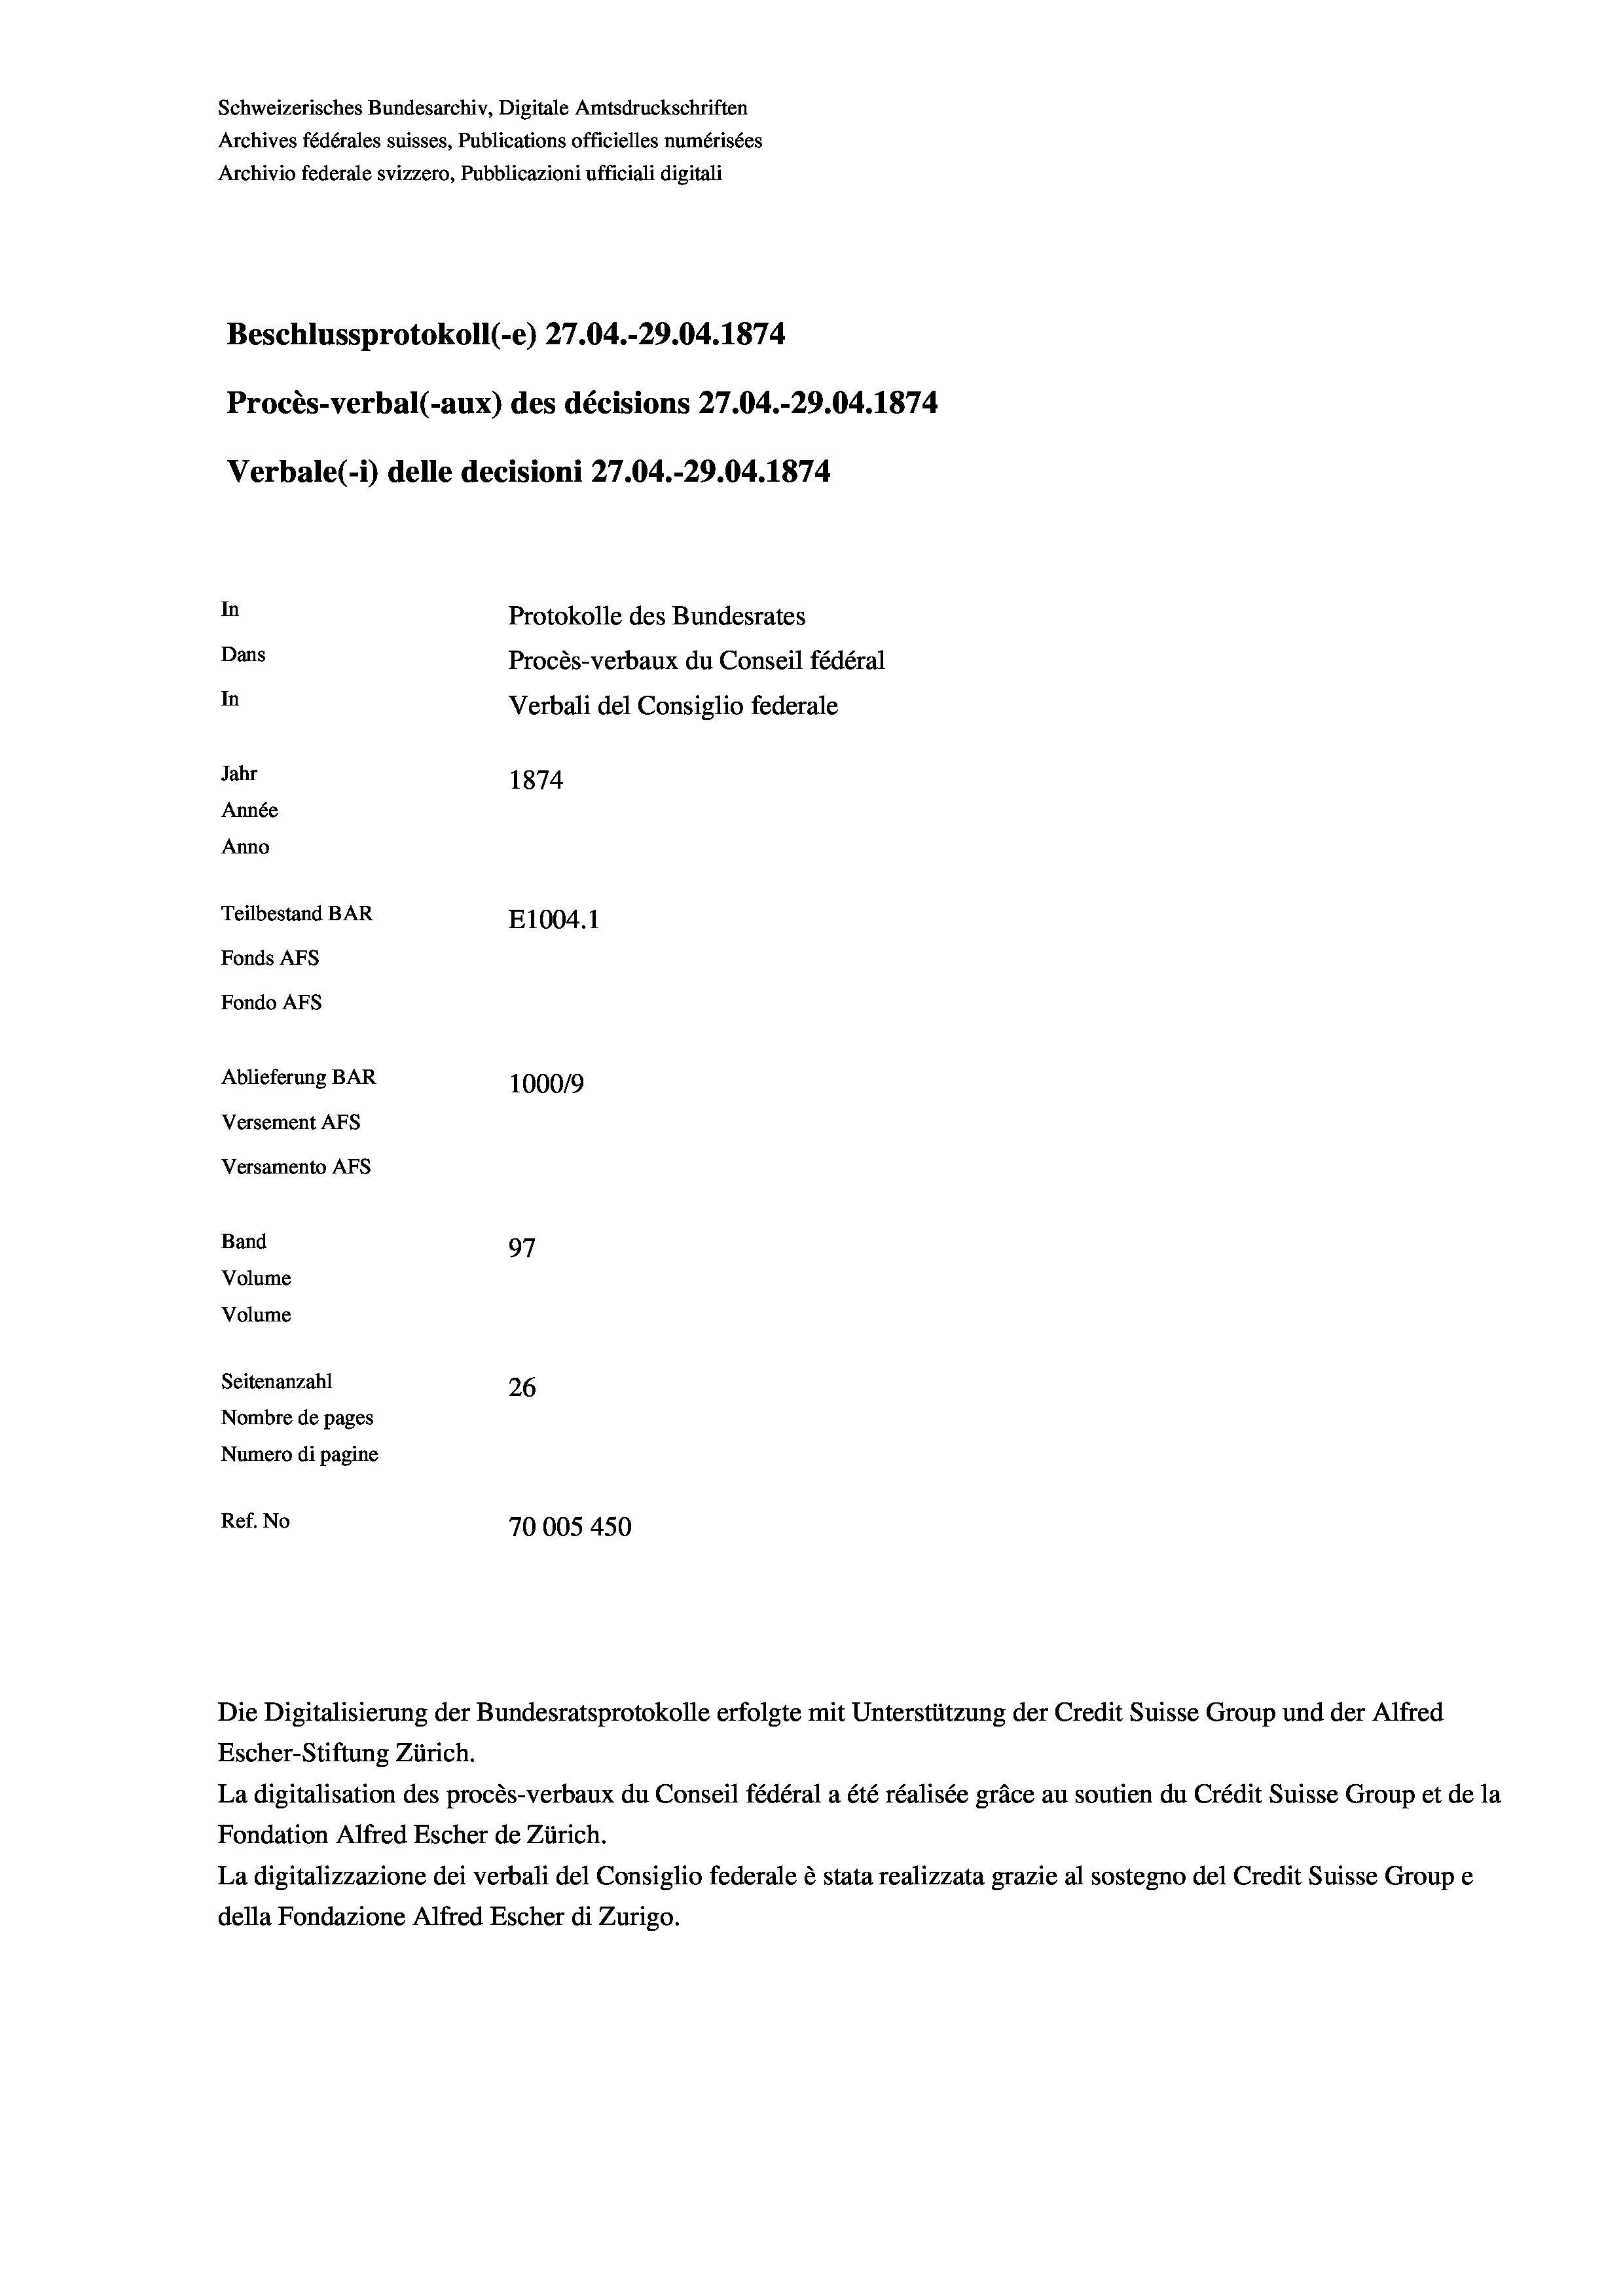
Schweizerisches Bundesarchiv, Digitale Amtsdruckschriften
Archives fédérales suisses, Publications officielles numérisées
Archivio federale svizzero, Pubblicazioni ufficiali digitali
Beschlussprotokoll (-e) 27.04.-29.04. 1874
Procès-verbal (-aux) des décisions 27.04.-29.04. 1874
Verbale (i) delle decisioni 27.04.-29.04. 1874
In
Protokolle des Bundesrates
Dans
Procès-verbaux du Conseil fédéral
In
Verbali del Consiglio federale
Jahr
1874
Année
Anno
Teilbestand BAR
E1004. 1
Fonds AFs
Fondo AFS
Ablieferung BAR
100019
Versement AFs
Versamento Afs

Band
Volume
Volume

97
Seitenanzahl
26
Nombre de pages
Numero di pagine
Ref. No
70005450

Escher-Stiftung Zürich.
La digitalisation des procès-verbaux du Conseil fédéral a été réalisée gräce au soutien du Crédit Suisse Group et de la
Fondation Alfred Escher de Zürich.
La digitalizzazione dei verbali del Consiglio federale è stata realizzata grazie al sostegno del Credit Suisse Groupe
della Fondazione Alfred Escher di Zurigo.

Die Digitalisierung der Bundesratsprotokolle erfolgte mit Unterstützung der Credit Suisse Group und der Alfred